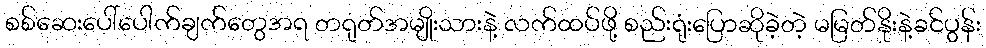
စစ်ဆေးပေါ်ပေါက်ချက်တွေအရ တရုတ်အမျိုးသားနဲ့ လက်ထပ်ဖို့ စည်းရုံးပြောဆိုခဲ့တဲ့ မမြတ်နိုးနဲ့ခင်ပွန်း